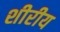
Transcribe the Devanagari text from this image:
शीरीय